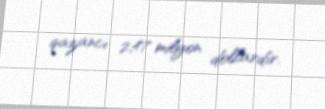
qazancı 2,47 milyon dollardır.